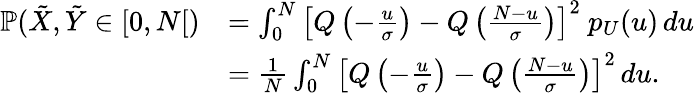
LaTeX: \begin{array}{rl}{\mathbb{P}(\tilde{X},\tilde{Y}\in[0,N[)}&{=\int_{0}^{N}\left[Q\left(-\frac{u}{\sigma}\right)-Q\left(\frac{N-u}{\sigma}\right)\right]^{2}~p_{U}(u)\, du}\\ &{=\frac{1}{N}\int_{0}^{N}\left[Q\left(-\frac{u}{\sigma}\right)-Q\left(\frac{N-u}{\sigma}\right)\right]^{2}\, du.}\end{array}